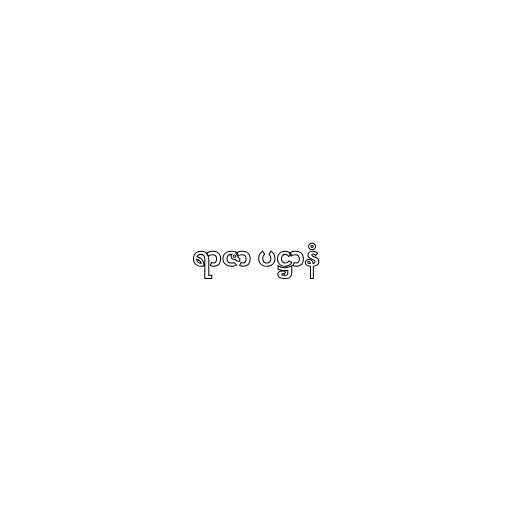
ရာဇာ ပဋ္ဌာနံ